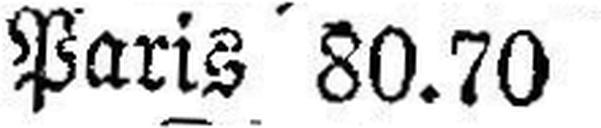
Paris 80.70